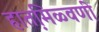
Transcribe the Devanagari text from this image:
हातमि़ळ्वणी